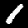
Digit: 1